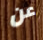
عن